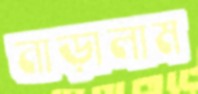
নাড়ালাম